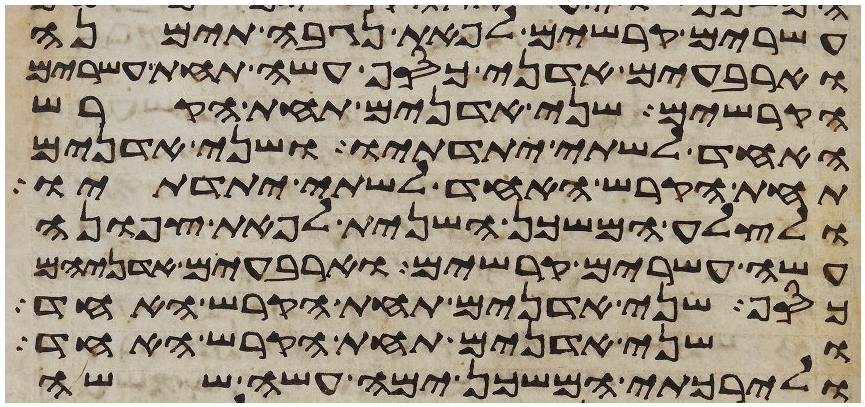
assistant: עשרים קרשים לפאת נגבה תימנה
וארבעים אדני כסף עשה תחת עשרים
הקרשים שני אדנים תחת הקרש
האחד לשתי יתדתיו ושני אדנים
תחת הקרש האחד לשתי יתדתיו
ולצלע המשכן השנית לפאת צפונה
עשה עשרים קרשים וארבעים אדניהם
כסף שני אדנים תחת הקרש האחד
ושני אדנים תחת הקרש האחד
ולירכתי המשכן ימה עשה ששה